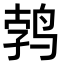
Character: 鹁